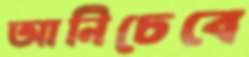
আনিচেবে